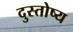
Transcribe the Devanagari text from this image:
दुस्तोष्य